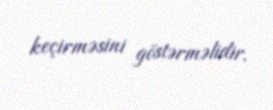
keçirməsini göstərməlidir.